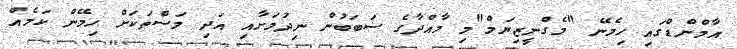
އާމްންޑްގައި ހިމެނޭ "މެގްނީޒިޔަމް"މި މާއްދާގެ ސަބަބުން ނިދުމަށާއި އަދި މަސްތަކަށް ހިމޭން ކަމެއް